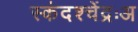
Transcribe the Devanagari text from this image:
स्कंदश्चेंद्रःअ